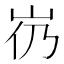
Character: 𱛌